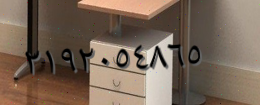
٢١٩٢٠٥٤٨٦٥